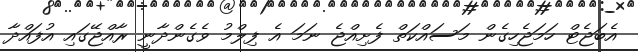
އެބަޖެޓް ހަމަޖެހިގެން މަސައްކަތް ފެށިއްޖެ ނަމަ އެ ފިލްމު ވެގެންދާނީ ރާއްޖޭގައި އުފައްދާ